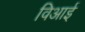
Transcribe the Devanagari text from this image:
विआई